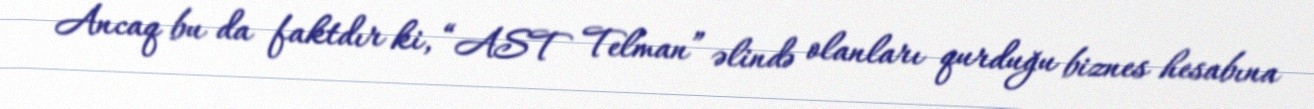
Ancaq bu da faktdır ki, “AST Telman” əlində olanları qurduğu biznes hesabına